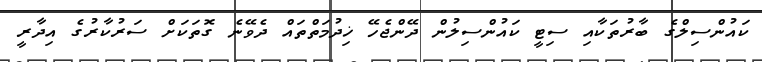
ކައުންސިލްގެ ބާރުތަކާއި ސިޓީ ކައުންސިލުން ދޭންޖެހޭ ޚިދުމަތްތައް ދެވޭނެ ގޮތަކަށް ސަރުކާރުގެ އިދާރީ